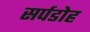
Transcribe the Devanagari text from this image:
सर्पडोह